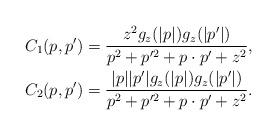
LaTeX: \begin{align*} C_1(p,p') = \frac{z^2g_z(|p|)g_z(|p'|)}{p^2 + p'^2 + p\cdot p' + z^2} , \\C_2(p,p') = \frac{|p||p'|g_z(|p|)g_z(|p'|)}{p^2 + p'^2 + p\cdot p' + z^2} . \end{align*}